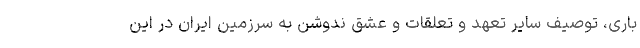
باری، توصیف سایر تعهد و تعلقات و عشق ندوشن به سرزمین ایران در این